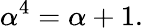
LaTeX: \alpha^{4}=\alpha+1.